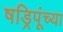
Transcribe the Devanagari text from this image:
षड्रिपूंच्या